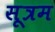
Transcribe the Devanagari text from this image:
सूत्रम